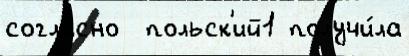
согла́сно  польск'ий1 получи́ла